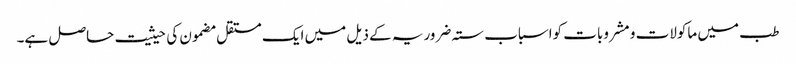
طب میں ماکولات و مشروبات کواسباب ستہ ضروریہ کے ذیل میں ایک مستقل مضمون کی حیثیت حاصل ہے۔